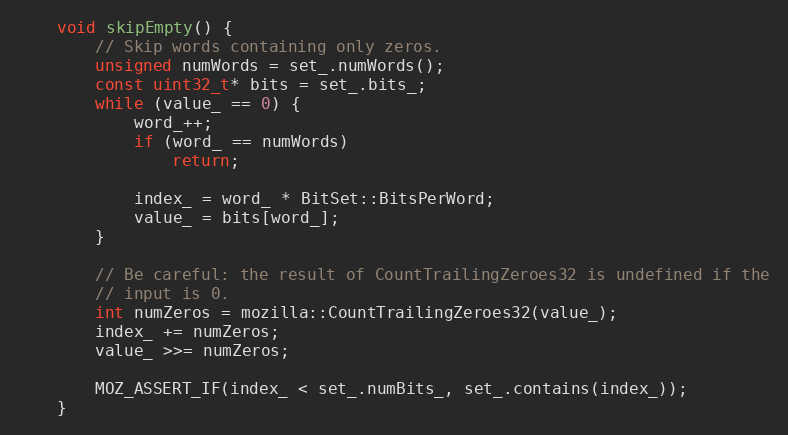
Language: C
    void skipEmpty() {
        // Skip words containing only zeros.
        unsigned numWords = set_.numWords();
        const uint32_t* bits = set_.bits_;
        while (value_ == 0) {
            word_++;
            if (word_ == numWords)
                return;

            index_ = word_ * BitSet::BitsPerWord;
            value_ = bits[word_];
        }

        // Be careful: the result of CountTrailingZeroes32 is undefined if the
        // input is 0.
        int numZeros = mozilla::CountTrailingZeroes32(value_);
        index_ += numZeros;
        value_ >>= numZeros;

        MOZ_ASSERT_IF(index_ < set_.numBits_, set_.contains(index_));
    }